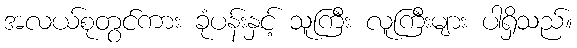
အလယ်စုတွင်ကား ခုံပန်းနှင့် သူကြီး လူကြီးများ ပါရှိသည်။